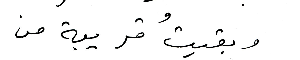
وبقيتُ قريبة من